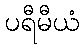
ပရီမီယံ